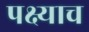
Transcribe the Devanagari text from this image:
पक्ष्याच